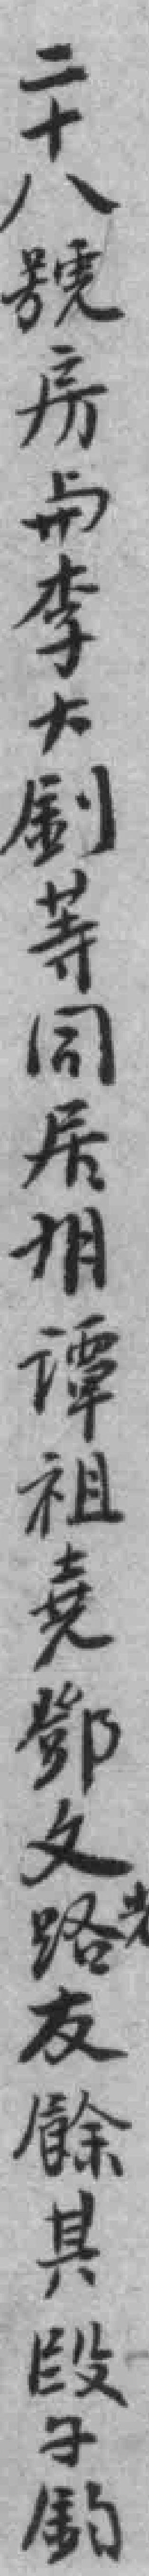
二十八號房与李大釗等同居*谭祖堯鄧文路友餘其段子鈞